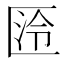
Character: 𭅛